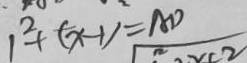
1 ^ { 2 } + ( x - 1 ) = A D